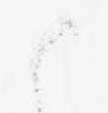
御